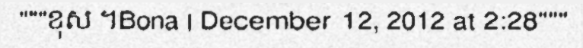
"""ខុស ។Bona | December 12, 2012 at 2:28"""